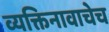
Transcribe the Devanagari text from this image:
व्यक्तिनावाचेच